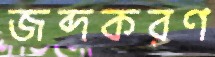
জব্দকরণ